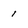
Character: I